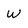
Character: w